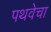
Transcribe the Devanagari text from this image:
पथवेचा